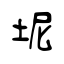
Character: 坭